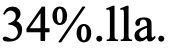
34%.lla.